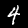
Label: 4